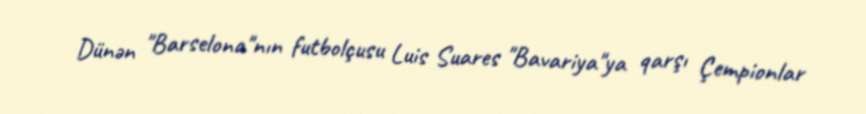
Dünən "Barselona"nın futbolçusu Luis Suares "Bavariya"ya qarşı Çempionlar